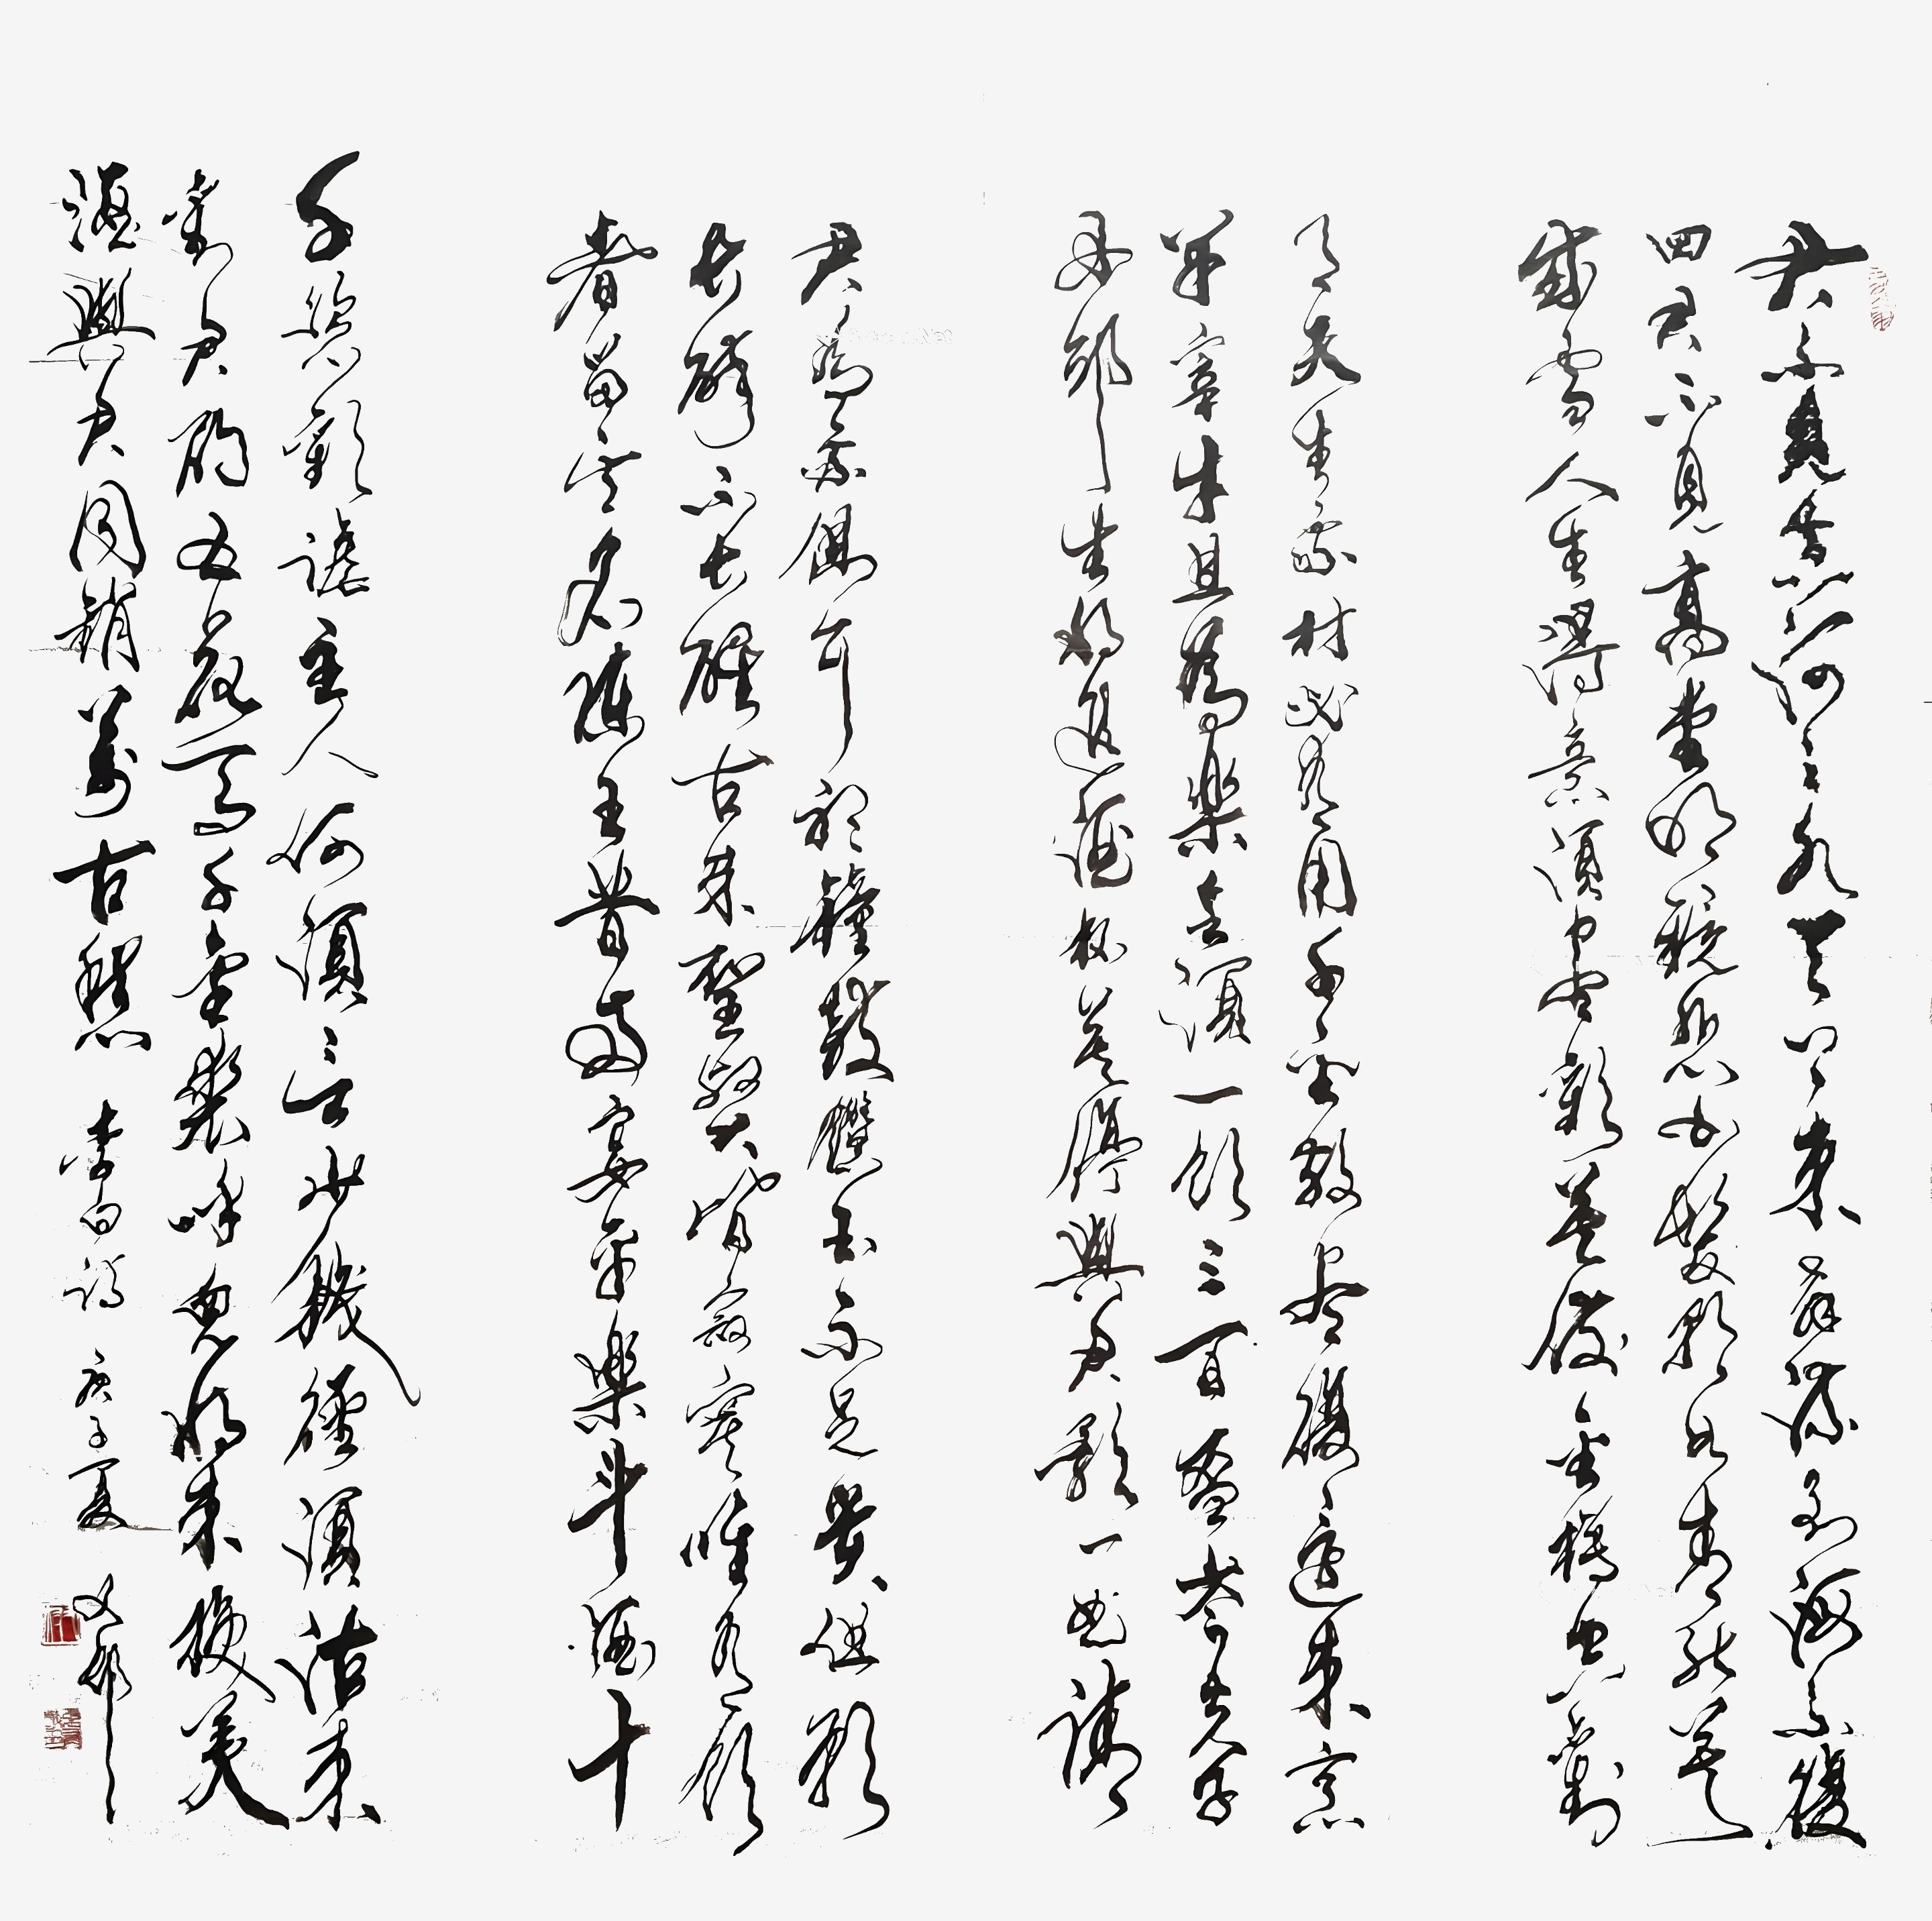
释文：君不见黄河之水天上来，奔流到海不复回。君不见高堂明镜悲白发，朝如青丝暮成雪。人生得意须尽欢，莫使金樽空对月。天生我材必有用，千金散尽还复来。烹羊宰牛且为乐，会须一饮三百杯。岑夫子，丹丘生，将进酒，杯莫停。与君歌一曲，请君为我倾耳听。钟鼓馔玉不足贵，但愿长醉不复醒。古来圣贤皆寂寞，惟有饮者留其名。陈王昔时宴平乐，斗酒十千恣欢谑。主人何为言少钱，径须沽取对君酌。五花马，千金裘，呼儿将出换美酒，与尔同销万古愁。张有敬2020年作